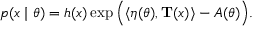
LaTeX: p ( x \mid { \boldsymbol { \theta } } ) = h ( x ) \exp { \Big ( } \langle { \boldsymbol { \eta } } ( { \boldsymbol { \theta } } ) , \mathbf { T } ( x ) \rangle - A ( { \boldsymbol { \theta } } ) { \Big ) } .